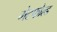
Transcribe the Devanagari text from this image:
गेटफोल्ड